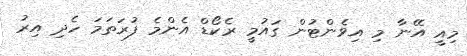
މިއީ އޭނާ މި އިވެންޓުން ގައުމީ ރެކޯޑް އެންމެ ފުރަތަމަ ހެދި އިރު